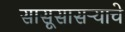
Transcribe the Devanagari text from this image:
सासूसासऱ्याचे